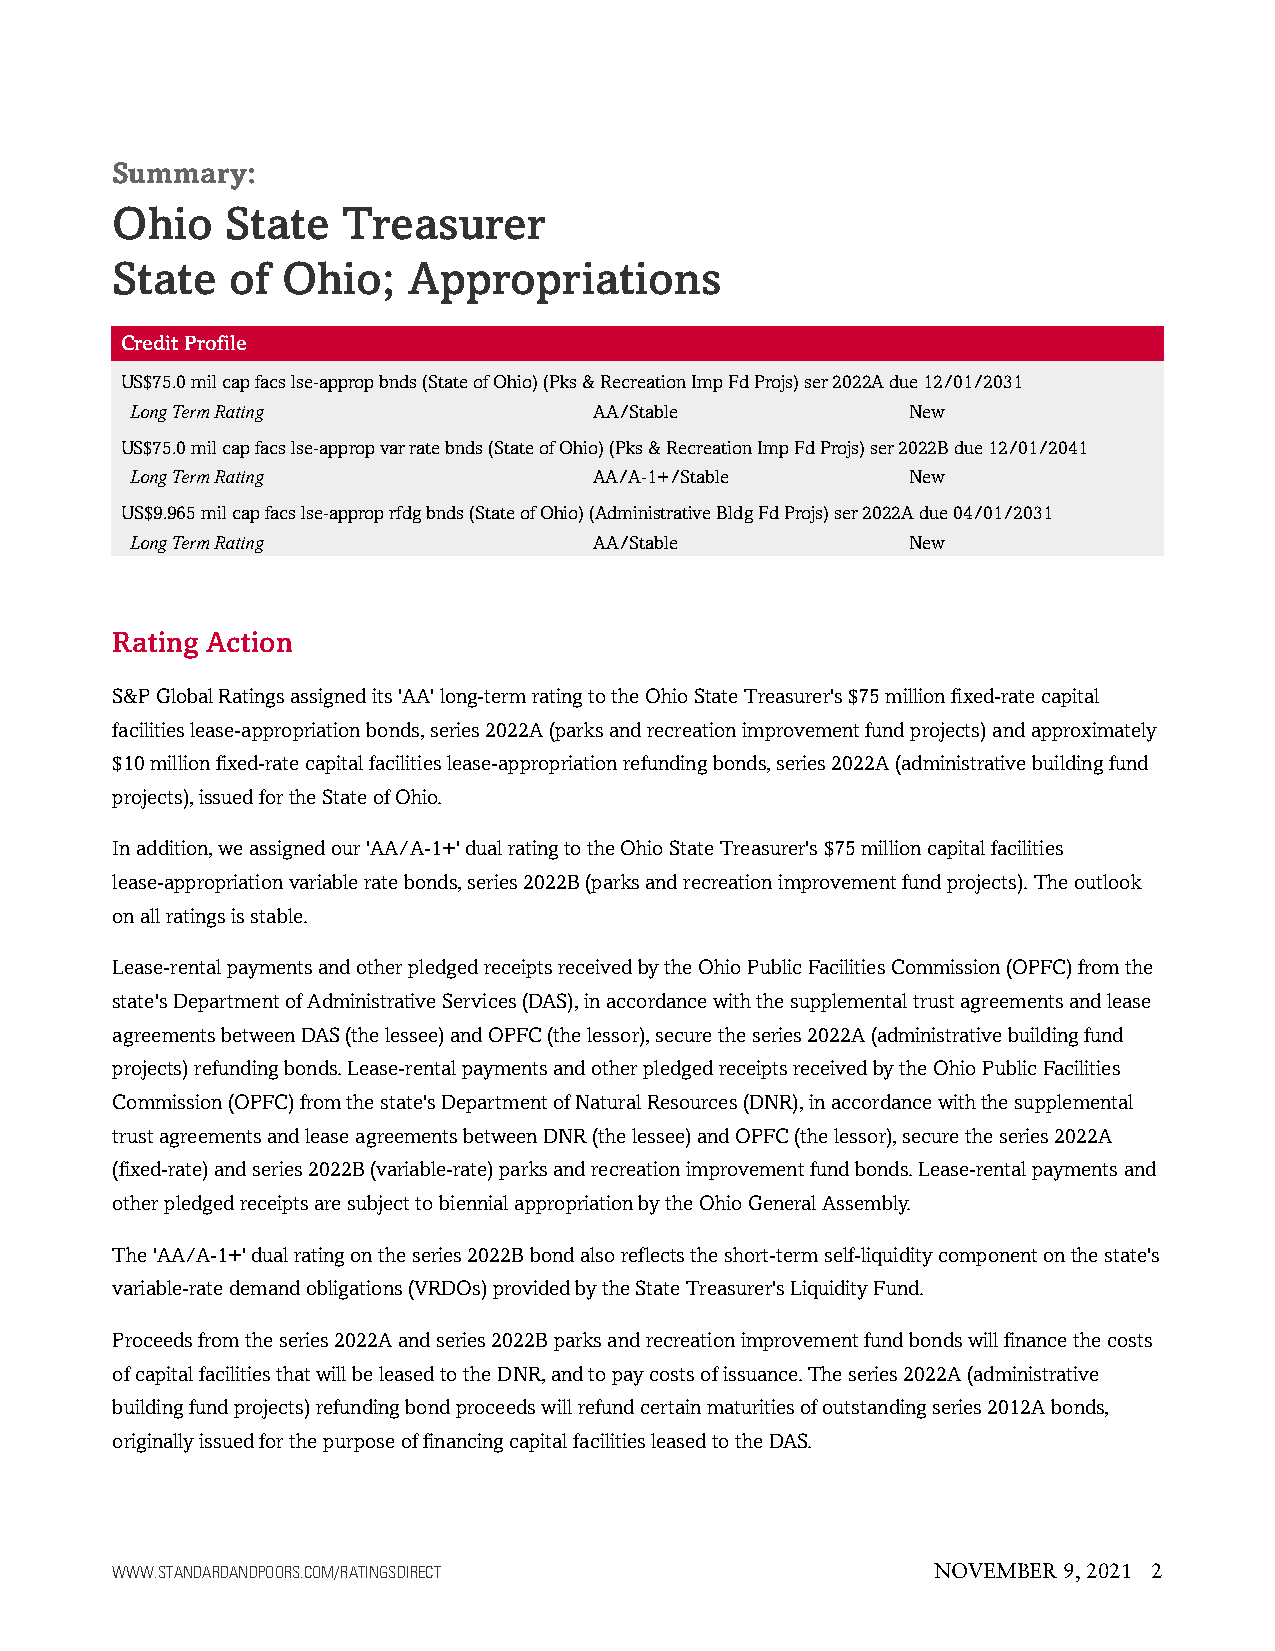
Summary:
 Ohio    State   Treasurer
 State   of  Ohio;   Appropriations
 CreditProfile
 US$75.0milcapfacslse-appropbnds(StateofOhio)(Pks&RecreationImpFdProjs)ser2022Adue12/01/2031
 LongTermRating                AA/Stable            New
 US$75.0milcapfacslse-appropvarratebnds(StateofOhio)(Pks&RecreationImpFdProjs)ser2022Bdue12/01/2041
 LongTermRating                AA/A-1+/Stable       New
 US$9.965milcapfacslse-approprfdgbnds(StateofOhio)(AdministrativeBldgFdProjs)ser2022Adue04/01/2031
 LongTermRating                AA/Stable            New
 Rating Action
 S&PGlobalRatingsassignedits'AA'long-termratingtotheOhioStateTreasurer's$75millionfixed-ratecapital
 facilitieslease-appropriationbonds,series2022A(parksandrecreationimprovementfundprojects)andapproximately
 $10millionfixed-ratecapitalfacilitieslease-appropriationrefundingbonds,series2022A(administrativebuildingfund
 projects),issuedfortheStateofOhio.
 Inaddition,weassignedour'AA/A-1+'dualratingtotheOhioStateTreasurer's$75millioncapitalfacilities
 lease-appropriationvariableratebonds,series2022B(parksandrecreationimprovementfundprojects).Theoutlook
 onallratingsisstable.
 Lease-rentalpaymentsandotherpledgedreceiptsreceivedbytheOhioPublicFacilitiesCommission(OPFC)fromthe
 state'sDepartmentofAdministrativeServices(DAS),inaccordancewiththesupplementaltrustagreementsandlease
 agreementsbetweenDAS(thelessee)andOPFC(thelessor),securetheseries2022A(administrativebuildingfund
 projects)refundingbonds.Lease-rentalpaymentsandotherpledgedreceiptsreceivedbytheOhioPublicFacilities
 Commission(OPFC)fromthestate'sDepartmentofNaturalResources(DNR),inaccordancewiththesupplemental
 trustagreementsandleaseagreementsbetweenDNR(thelessee)andOPFC(thelessor),securetheseries2022A
 (fixed-rate)andseries2022B(variable-rate)parksandrecreationimprovementfundbonds.Lease-rentalpaymentsand
 otherpledgedreceiptsaresubjecttobiennialappropriationbytheOhioGeneralAssembly.
 The'AA/A-1+'dualratingontheseries2022Bbondalsoreflectstheshort-termself-liquiditycomponentonthestate's
 variable-ratedemandobligations(VRDOs)providedbytheStateTreasurer'sLiquidityFund.
 Proceedsfromtheseries2022Aandseries2022Bparksandrecreationimprovementfundbondswillfinancethecosts
 ofcapitalfacilitiesthatwillbeleasedtotheDNR,andtopaycostsofissuance.Theseries2022A(administrative
 buildingfundprojects)refundingbondproceedswillrefundcertainmaturitiesofoutstandingseries2012Abonds,
 originallyissuedforthepurposeoffinancingcapitalfacilitiesleasedtotheDAS.
 WWW.STANDARDANDPOORS.COM/RATINGSDIRECT                 NOVEMBER 9, 2021 2